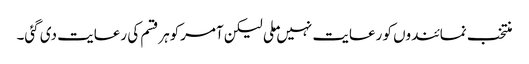
منتخب نمائندوں کو رعایت نہیں ملی لیکن آمرکوہرقسم کی رعایت دی گئی۔